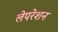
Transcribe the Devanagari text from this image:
लेपरेशन